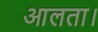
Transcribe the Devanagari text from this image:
आलता।